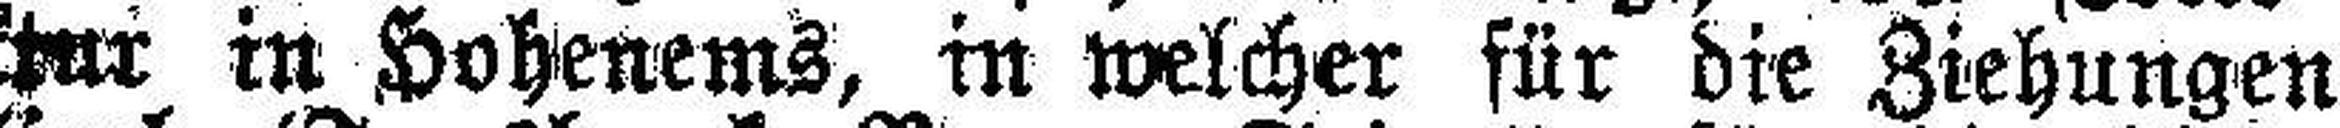
kotlektur in Hohenems, in welcher für die Ziehungen